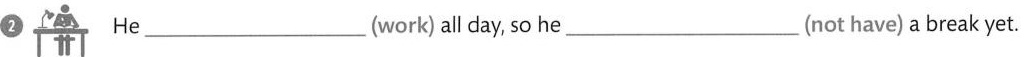
2 He ___ (work)all day, so he ___ (not have) a break yet.